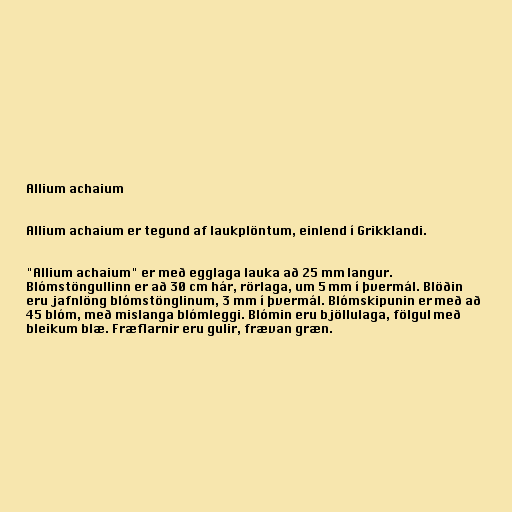
Allium achaium

Allium achaium er tegund af laukplöntum, einlend í Grikklandi.

"Allium achaium" er með egglaga lauka að 25 mm langur.
Blómstöngullinn er að 30 cm hár, rörlaga, um 5 mm í þvermál. Blöðin
eru jafnlöng blómstönglinum, 3 mm í þvermál. Blómskipunin er með að
45 blóm, með mislanga blómleggi. Blómin eru bjöllulaga, fölgul með
bleikum blæ. Fræflarnir eru gulir, frævan græn.